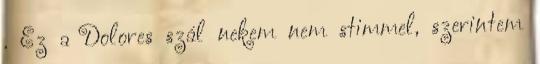
. Ez a Dolores szál nekem nem stimmel, szerintem